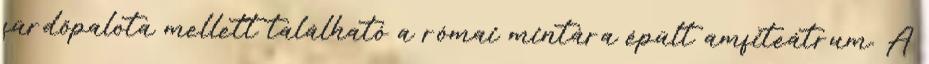
fürdőpalota mellett található a római mintára épült amfiteátrum. A